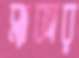
ব্ল্যাকার